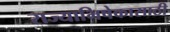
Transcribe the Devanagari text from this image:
राज्याभिषेकासाठी